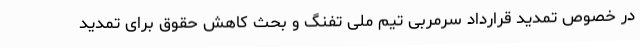
در خصوص تمدید قرارداد سرمربی تیم ملی تفنگ و بحث کاهش حقوق برای تمدید